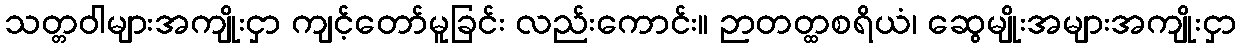
သတ္တဝါများအကျိုးငှာ ကျင့်တော်မူခြင်း လည်းကောင်း။ ဉာတတ္ထစရိယံ၊ ဆွေမျိုးအများအကျိုးငှာ